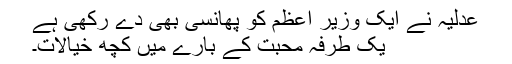
عدلیہ نے ایک وزیر اعظم کو پھانسی بھی دے رکھی ہے
یک طرفہ محبت کے بارے میں کچھ خیالات۔